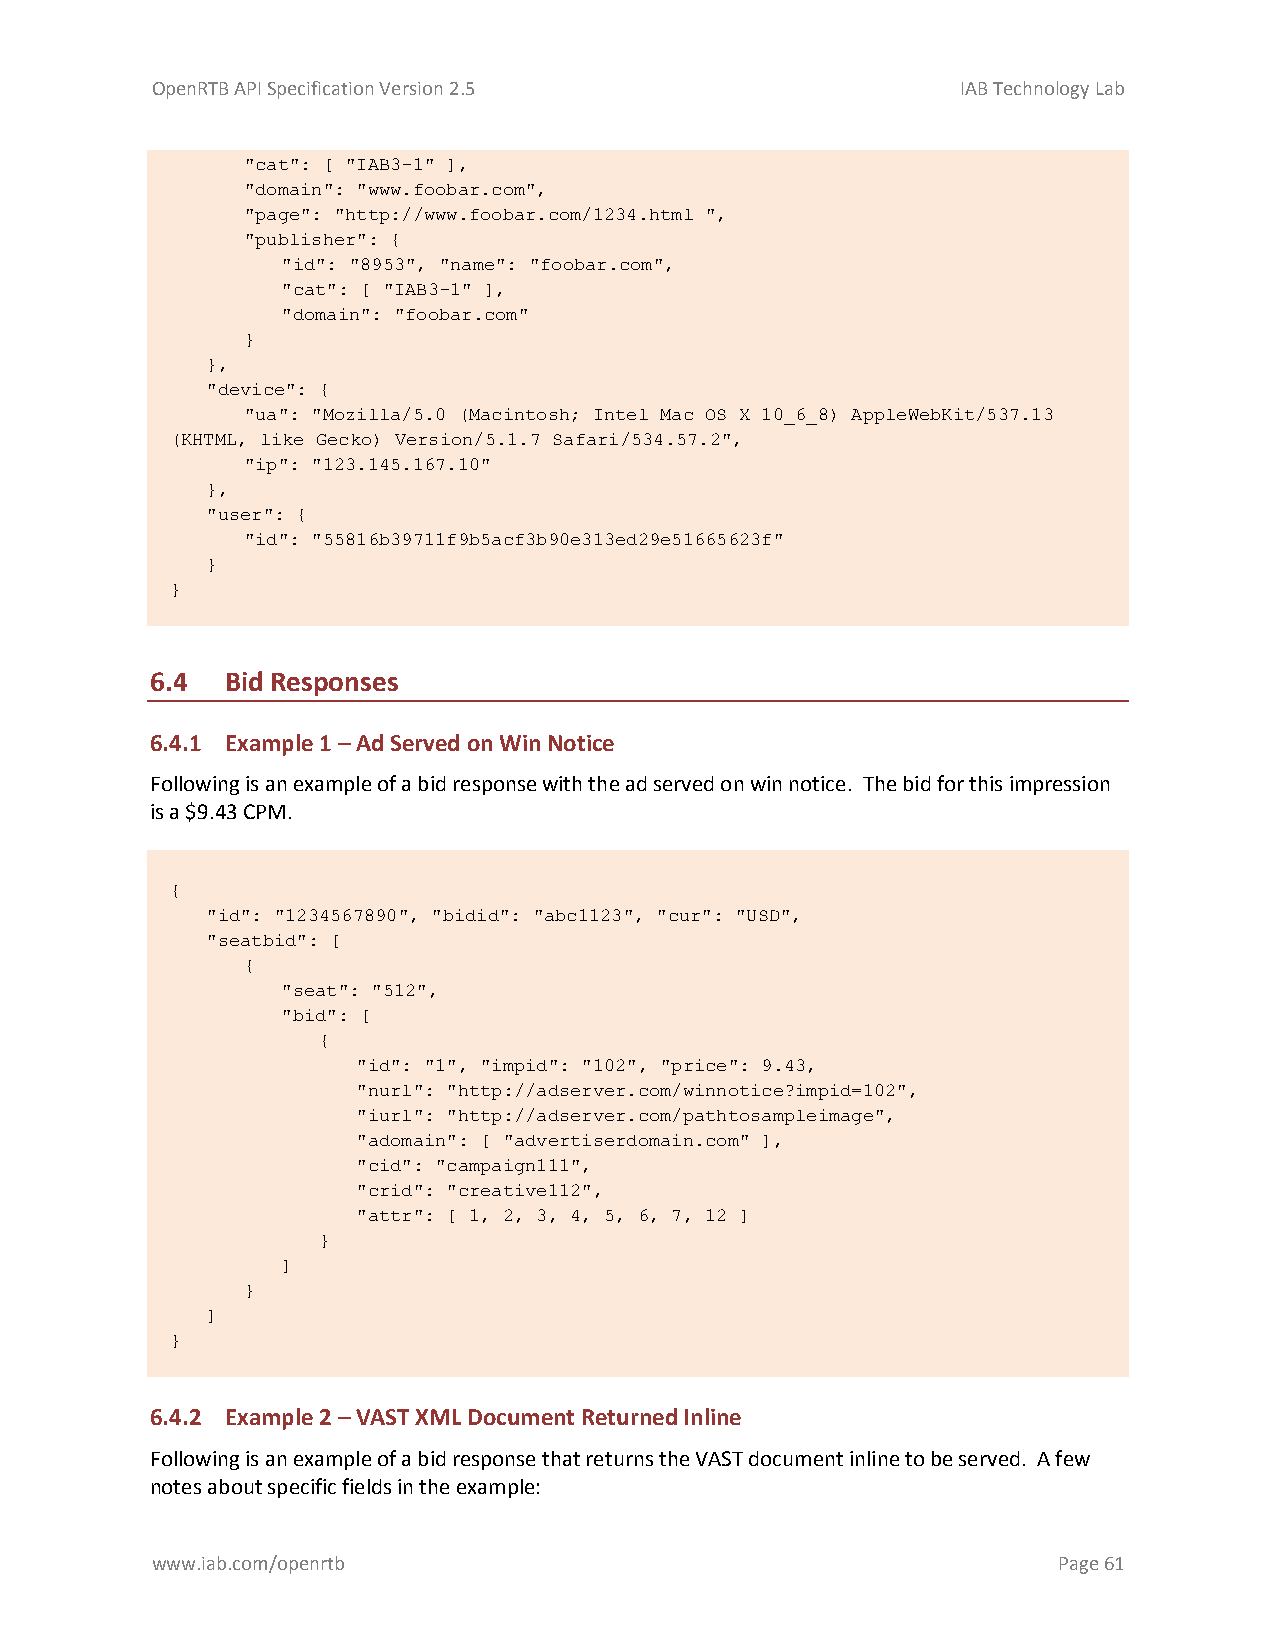
OpenRTB API Specification Version 2.5                 IAB Technology Lab
 "cat": [ "IAB3-1" ],
 "domain": "www.foobar.com",
 "page": "http://www.foobar.com/1234.html ",
 "publisher": {
 "id": "8953", "name": "foobar.com",
 "cat": [ "IAB3-1" ],
 "domain": "foobar.com"
 }
 },
 "device": {
 "ua": "Mozilla/5.0 (Macintosh; Intel Mac OS X 10_6_8) AppleWebKit/537.13
 (KHTML, like Gecko) Version/5.1.7 Safari/534.57.2",
 "ip": "123.145.167.10"
 },
 "user": {
 "id": "55816b39711f9b5acf3b90e313ed29e51665623f"
 }
 }
 6.4  Bid Responses
 6.4.1 Example 1 – Ad Served on Win Notice
 Following is an example of a bid response with the ad served on win notice. The bid for this impression
 is a $9.43 CPM.
 {
 "id": "1234567890", "bidid": "abc1123", "cur": "USD",
 "seatbid": [
 {
 "seat": "512",
 "bid": [
 {
 "id": "1", "impid": "102", "price": 9.43,
 "nurl": "http://adserver.com/winnotice?impid=102",
 "iurl": "http://adserver.com/pathtosampleimage",
 "adomain": [ "advertiserdomain.com" ],
 "cid": "campaign111",
 "crid": "creative112",
 "attr": [ 1, 2, 3, 4, 5, 6, 7, 12 ]
 }
 ]
 }
 ]
 }
 6.4.2 Example 2 – VAST XML Document Returned Inline
 Following is an example of a bid response that returns the VAST document inline to be served. A few
 notes about specific fields in the example:
 www.iab.com/openrtb                                         Page 61